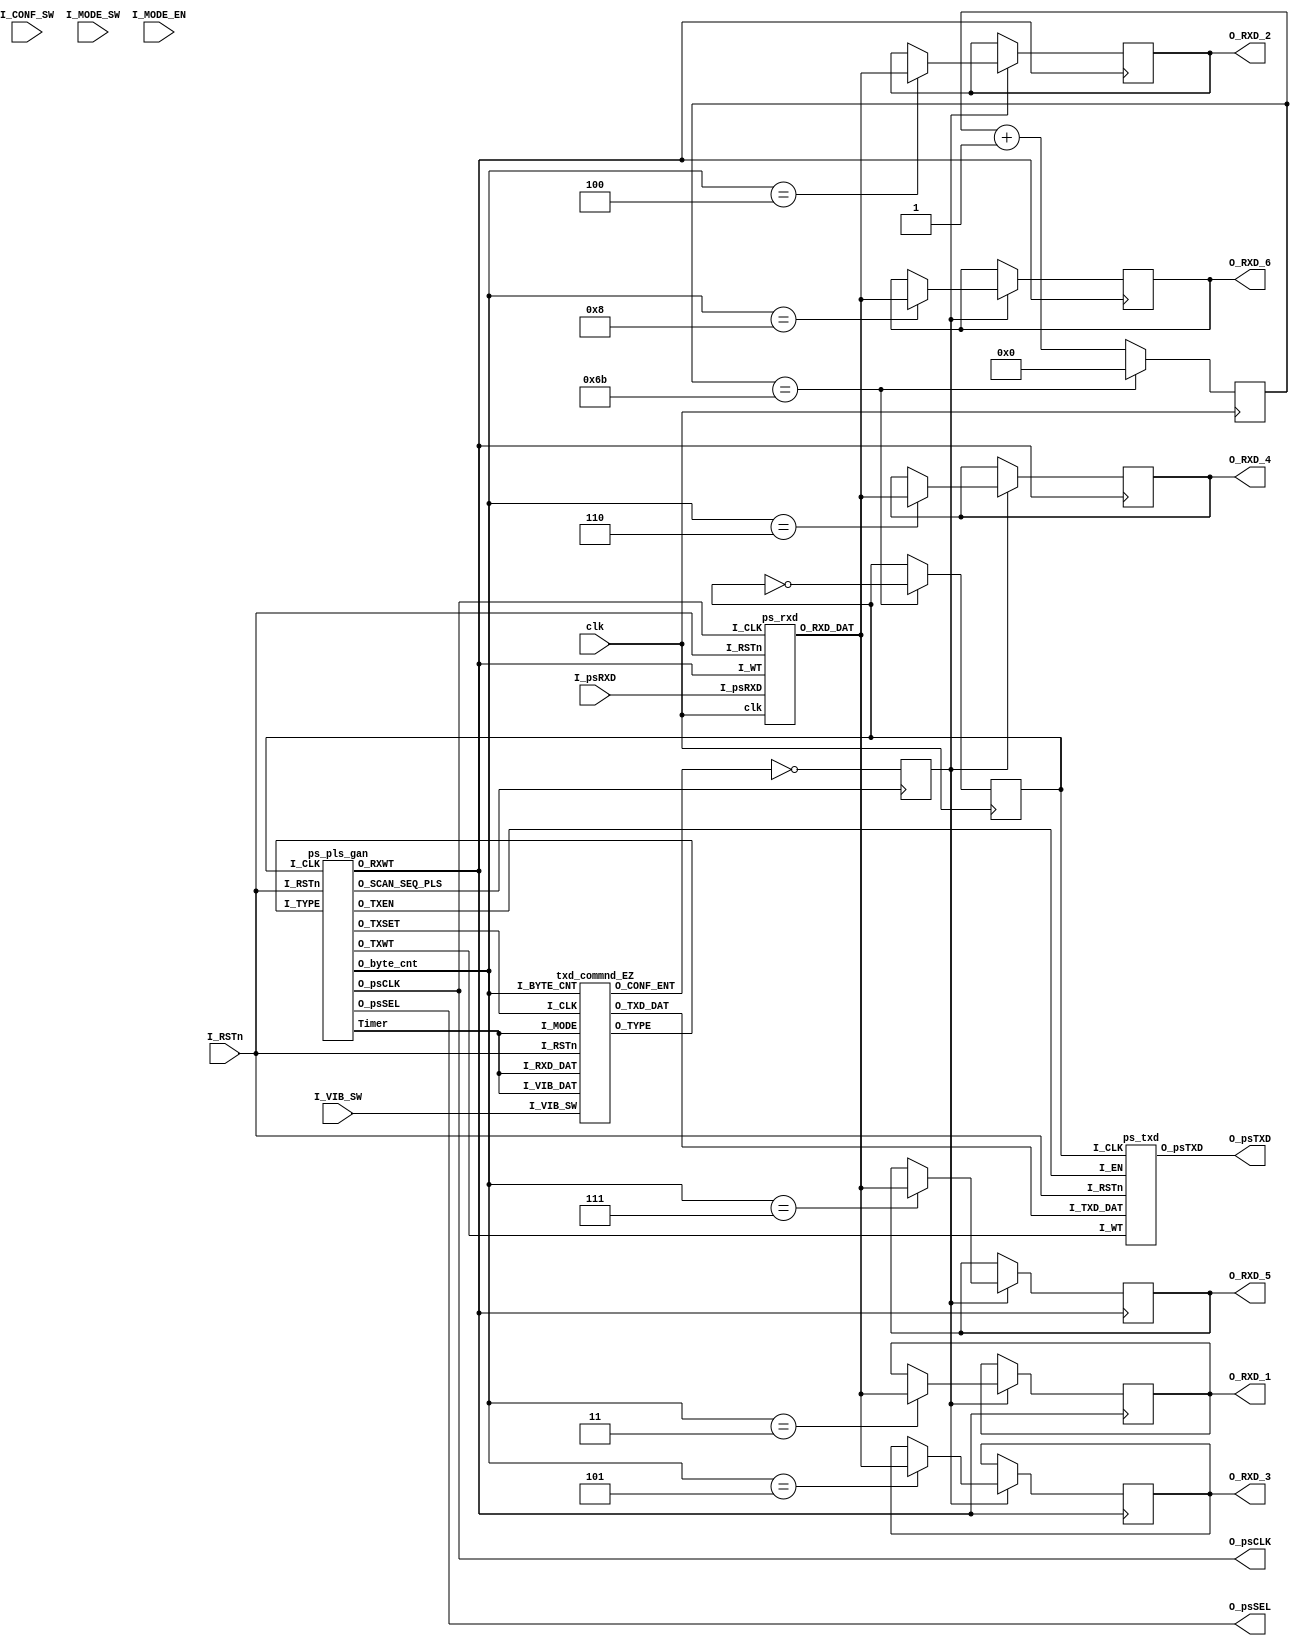
//-------------------------------------------------------------------
//                                                          
// PLAYSTATION CONTROLLER(DUALSHOCK TYPE) INTERFACE TOP          
//                                                          
// Version : 2.00                                           
//                                                          
// Copyright(c) 2003 - 2004 Katsumi Degawa , All rights reserved  
//                                                          
// Important !                                              
//                                                          
// This program is freeware for non-commercial use.         
// An author does no guarantee about this program.          
// You can use this under your own risk.                    
// 
// 2003.10.30          It is optimized . by K Degawa 
// 2023.11 nand2mario: stop using signal as clock for ps_rxd to improve stability
//                     remove fine-grained vibration control as we don't use it//                                                        
//-------------------------------------------------------------------
`timescale 100ps/10ps		

//--------- SIMULATION ---------------------------------------------- 
//`define	SIMULATION_1	
//
// Poll controller status every 2^Timer clock cycles
// 125Khz / 2^11 = 61Hz
//
// SONY PLAYSTATION CONTROLLER INFORMATION
// https://gamesx.com/controldata/psxcont/psxcont.htm
//
// "The DS4 stock polling rate is 250Hz 3-4 ms compared to the SN30 which is 67-75Hz 13-18 ms"
// https://www.reddit.com/r/8bitdo/comments/u8z3ag/has_anyone_managed_to_get_their_controllers/
`ifdef SIMULATION_1
`define Timer_siz 18  
`else
`define Timer_siz 11
`endif

module dualshock_controller #(
   parameter    FREQ = 27_000_000   // frequency of `clk`
) (
   input        clk,             // Any main clock faster than 1Mhz 
   input        I_RSTn,          //  MAIN RESET

   output       O_psCLK,         //  psCLK CLK OUT
   output       O_psSEL,         //  psSEL OUT       
   output       O_psTXD,         //  psTXD OUT
   input        I_psRXD,         //  psRXD IN

   output reg [7:0] O_RXD_1,         //  RX DATA 1 (8bit)
   output reg [7:0] O_RXD_2,         //  RX DATA 2 (8bit)
   output reg [7:0] O_RXD_3,         //  RX DATA 3 (8bit)
   output reg [7:0] O_RXD_4,         //  RX DATA 4 (8bit)
   output reg [7:0] O_RXD_5,         //  RX DATA 5 (8bit)
   output reg [7:0] O_RXD_6,         //  RX DATA 6 (8bit) 

   input        I_CONF_SW,       //  Dualshook Config  ACTIVE-HI
   input        I_MODE_SW,       //  Dualshook Mode Set DIGITAL PAD 0, ANALOG PAD 1
   input        I_MODE_EN,       //  Dualshook Mode Control  OFF 0, ON 1
   input [1:0]  I_VIB_SW         //  Vibration SW  VIB_SW[0] Small Moter OFF 0, ON 1
                                 //                VIB_SW[1] Bic Moter   OFF 0, ON 1 (Dualshook Only)
);

reg I_CLK;  // nand2mario: Controller CLK at 125Khz 
            // some cheap controllers cannot handle the nominal 250Khz
localparam CLK_DELAY = FREQ / 125_000 / 2;
reg [$clog2(CLK_DELAY)-1:0] clk_cnt;

// Generate I_CLK
always @(posedge clk) begin
    clk_cnt <= clk_cnt + 1;
    if (clk_cnt == CLK_DELAY-1) begin
        I_CLK = ~I_CLK;
        clk_cnt <= 0;
    end
end

wire   W_scan_seq_pls;
wire   W_type;
wire   [3:0]W_byte_cnt;
wire   W_RXWT;
wire   W_TXWT;
wire   W_TXSET;
wire   W_TXEN;
wire   [7:0]W_TXD_DAT;
wire   [7:0]W_RXD_DAT;
wire   W_conf_ent;

ps_pls_gan pls(
   .I_CLK(I_CLK), .I_RSTn(I_RSTn), .I_TYPE(W_type),              // DEGITAL PAD 0: ANALOG PAD 1:
   .O_SCAN_SEQ_PLS(W_scan_seq_pls), .O_RXWT(W_RXWT), .O_TXWT(W_TXWT), .O_TXSET(W_TXSET),
   .O_TXEN(W_TXEN), .O_psCLK(O_psCLK), .O_psSEL(O_psSEL), .O_byte_cnt(W_byte_cnt),
   .Timer()
); 

txd_commnd_EZ cmd(
   .I_CLK(W_TXSET), .I_RSTn(I_RSTn),
   .I_BYTE_CNT(W_byte_cnt), .I_MODE(), .I_VIB_SW(I_VIB_SW), .I_VIB_DAT(),
   .I_RXD_DAT(), .O_TXD_DAT(W_TXD_DAT), .O_TYPE(W_type), .O_CONF_ENT(W_conf_ent)
);

ps_txd txd(
   .I_CLK(I_CLK), .I_RSTn(I_RSTn),
   .I_WT(W_TXWT), .I_EN(W_TXEN), .I_TXD_DAT(W_TXD_DAT), .O_psTXD(O_psTXD)
);

ps_rxd rxd(
   .clk(clk), .I_CLK(O_psCLK),.I_RSTn(I_RSTn),	
   .I_WT(W_RXWT), .I_psRXD(I_psRXD), .O_RXD_DAT(W_RXD_DAT)
);

//----------   RXD DATA DEC  ----------------------------------------

reg   W_rxd_mask;
always @(posedge W_scan_seq_pls) 
   W_rxd_mask <= ~W_conf_ent;

always @(negedge W_RXWT) begin
   if (W_rxd_mask) begin
      case (W_byte_cnt)
         3: O_RXD_1 <= W_RXD_DAT;
         4: O_RXD_2 <= W_RXD_DAT;
         5: O_RXD_3 <= W_RXD_DAT;
         6: O_RXD_4 <= W_RXD_DAT;
         7: O_RXD_5 <= W_RXD_DAT;
         8: O_RXD_6 <= W_RXD_DAT;
         default:;
      endcase
   end
end

endmodule

module txd_commnd_EZ(
   input I_CLK,
   input I_RSTn,
   input [3:0] I_BYTE_CNT,
   input [2:0] I_MODE,
   input [1:0] I_VIB_SW,
   input [7:0] I_VIB_DAT,
   input [7:0] I_RXD_DAT,
   output reg [7:0] O_TXD_DAT,
   output O_TYPE,
   output O_CONF_ENT
);

assign O_TYPE = 1'b1;
assign O_CONF_ENT = 1'b0;
always @(posedge I_CLK or negedge I_RSTn) begin
   if (~I_RSTn) begin
      O_TXD_DAT <= 8'h00;
   end else begin
      case(I_BYTE_CNT)
         0:O_TXD_DAT <= 8'h01;
         1:O_TXD_DAT <= 8'h42;
         3:begin
              if(I_VIB_SW) O_TXD_DAT <= 8'h40;
              else         O_TXD_DAT <= 8'h00;
           end
         4:begin
              if(I_VIB_SW) O_TXD_DAT <= 8'h01;
              else         O_TXD_DAT <= 8'h00;
           end
       default: O_TXD_DAT <= 8'h00;
      endcase
   end
end

endmodule

module ps_pls_gan(
   input I_CLK,
   input I_RSTn,
   input I_TYPE,

   output reg O_SCAN_SEQ_PLS,
   output O_RXWT,
   output O_TXWT,
   output O_TXSET,
   output O_TXEN,
   output O_psCLK,
   output O_psSEL,
   output reg [3:0] O_byte_cnt,
   output reg [`Timer_siz-1:0] Timer
);

parameter Timer_size = `Timer_siz;

reg RXWT, TXWT, TXSET;
reg psCLK_gate, psSEL;

always @(posedge I_CLK or negedge I_RSTn) begin
   if (~I_RSTn) Timer <= 0;
   else         Timer <= Timer+1;
end

always @(posedge I_CLK or negedge I_RSTn) begin
   if (~I_RSTn) 
      O_SCAN_SEQ_PLS <= 0;
   else begin
      if (Timer == 0) O_SCAN_SEQ_PLS <= 1; 
	   else            O_SCAN_SEQ_PLS <= 0;            
   end
end

always @(posedge I_CLK or negedge I_RSTn)
begin
   if (~I_RSTn) begin
      psCLK_gate <= 1;
      RXWT     <= 0;
	   TXWT     <= 0;
	   TXSET    <= 0;
   end else begin
      case (Timer[4:0])
         6:  TXSET <= 1;
         8:  TXSET <= 0;
         9:  TXWT <= 1;
         11: TXWT <= 0;
         12: psCLK_gate <= 0;
         20: psCLK_gate <= 1;
         21: RXWT <= 1;
         23: RXWT <= 0;
      default:;
      endcase
   end
end

always @(posedge I_CLK or negedge I_RSTn) begin  
   if (~I_RSTn)
      psSEL <= 1;
   else begin	
      if (O_SCAN_SEQ_PLS == 1)
         psSEL <= 0;
      else if ((I_TYPE == 0)&&(Timer == 158))
         psSEL <= 1;
      else if ((I_TYPE == 1)&&(Timer == 286))
         psSEL <= 1;
   end
end

always @(posedge I_CLK or negedge I_RSTn) begin  
   if(! I_RSTn)
      O_byte_cnt <= 0;
   else begin
      if (O_SCAN_SEQ_PLS == 1)
         O_byte_cnt <= 0;
      else begin 
         if (Timer[4:0] == 5'b11111)begin
            if (I_TYPE == 0 && O_byte_cnt == 5)
               O_byte_cnt <= O_byte_cnt;
            else if (I_TYPE == 1 && O_byte_cnt == 9)
               O_byte_cnt <= O_byte_cnt;
            else
               O_byte_cnt <= O_byte_cnt+1;
         end    
      end
   end
end

assign O_psCLK = psCLK_gate | I_CLK | psSEL;
assign O_psSEL = psSEL;
assign O_RXWT  = ~psSEL & RXWT;
assign O_TXSET = ~psSEL & TXSET;
assign O_TXWT  = ~psSEL & TXWT;
assign O_TXEN  = ~psSEL & ~psCLK_gate;

endmodule

// receiver
module ps_rxd(
   input            clk,
   input            I_CLK,
   input            I_RSTn,	
   input            I_WT,
   input            I_psRXD,
   output reg [7:0] O_RXD_DAT
);

reg     [7:0]sp;
reg I_CLK_r;
reg I_WT_r;

always @(posedge clk or negedge I_RSTn)
   if (~I_RSTn) begin
      sp <= 1;
      O_RXD_DAT <= 1;
   end else begin
      I_CLK_r <= I_CLK;
      if (I_CLK & ~I_CLK_r)      // posedge I_CLK
         sp <= { I_psRXD, sp[7:1]};
      I_WT_r <= I_WT;
      if (I_WT & ~I_WT_r)        // posedge I_WT
         O_RXD_DAT <= sp;
   end

endmodule

// transmitter
module ps_txd (
   input       I_CLK,
   input       I_RSTn,
   input       I_WT,       // pulse to start transmission
   input       I_EN,
   input [7:0] I_TXD_DAT,  // byte to transmit, lowest bit first
   output  reg O_psTXD     // output pin
);

reg   [7:0] ps;            // data buffer

always@(negedge I_CLK or negedge I_RSTn)
begin
   if (~I_RSTn) begin 
      O_psTXD <= 1;
      ps      <= 0;
   end else begin
      if (I_WT)
         ps  <= I_TXD_DAT;
      else begin
         if (I_EN) begin
            O_psTXD <= ps[0];
            ps      <= {1'b1, ps[7:1]};
         end else begin
            O_psTXD <= 1'd1;
            ps  <= ps;
         end
      end
   end 	
end

endmodule